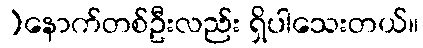
)နောက်တစ်ဦးလည်း ရှိပါသေးတယ်။